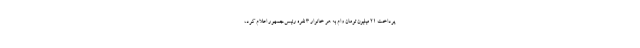
پرداخت ۲۱ میلیون تومان وام به هر خانوار ۳ نفره رئیس‌جمهور اعلام کرد،